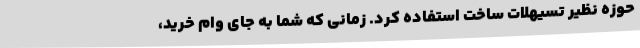
حوزه نظیر تسیهلات ساخت استفاده کرد. زمانی که شما به جای وام خرید،